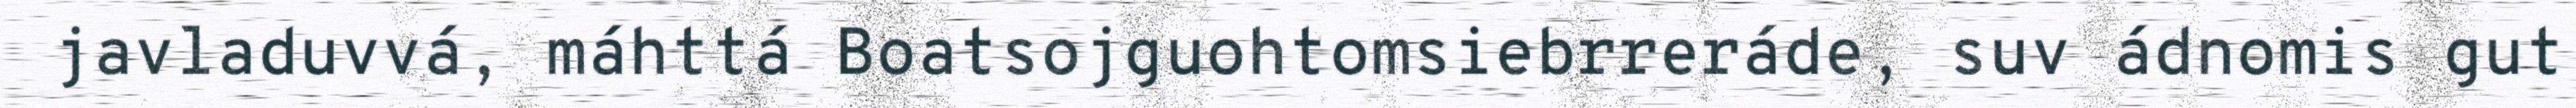
javladuvvá, máhttá Boatsojguohtomsiebrreráde, suv ádnomis gut